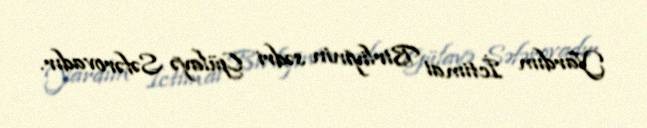
Yardım İctimai Birliyinin sədri Gülayə Səfərovadır.